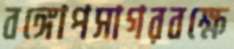
বঙ্গোপসাগরবক্ষে